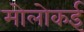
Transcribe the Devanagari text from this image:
मोलोकई